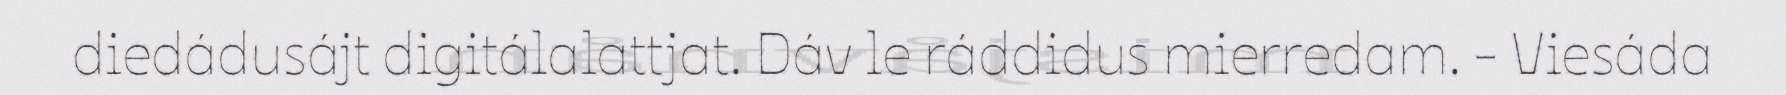
diedádusájt digitálalattjat. Dáv le ráddidus mierredam. - Viesáda